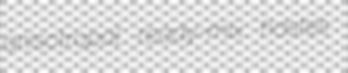
anisotropal ready-mix hastes